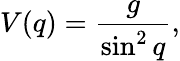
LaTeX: V(q)=\frac{g}{\sin^{2}q},